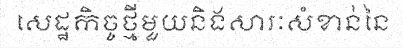
សេដ្ឋកិច្ចថ្មីមួយនិងសារៈសំខាន់នៃ